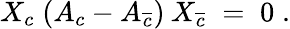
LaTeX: X_{c}\; (A_{c}-A_{\overline{{{c}}}})\: X_{\overline{{{c}}}}\; =\; 0\; .